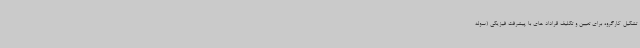
تشکیل کارگروه‌ برای تعیین و تکلیف قراداد های با پیشرفت فیزیکی (سوله